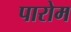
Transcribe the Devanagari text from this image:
पारोम